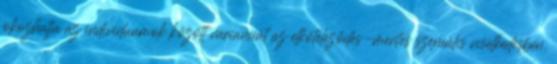
okozhatja az individuumok között varianciát az elköteleződés-mentes szexuális viselkedésben.